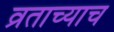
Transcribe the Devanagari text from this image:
व्रताच्याच